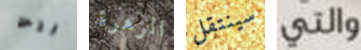
انت الزهرة سينتقل والتي